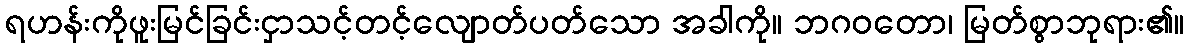
ရဟန်းကိုဖူးမြင်ခြင်းငှာသင့်တင့်လျောတ်ပတ်သော အခါကို။ ဘဂဝတော၊ မြတ်စွာဘုရား၏။